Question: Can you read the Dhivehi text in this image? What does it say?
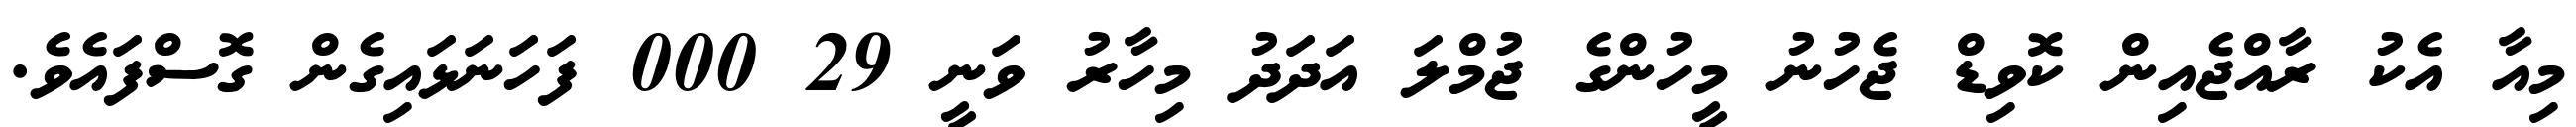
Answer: މިއާ އެކު ރާއްޖެއިން ކޮވިޑް ޖެހުނު މީހުންގެ ޖުމްލަ އަދަދު މިހާރު ވަނީ 29 000 ފަހަނަޅައިގެން ގޮސްފައެވެ.